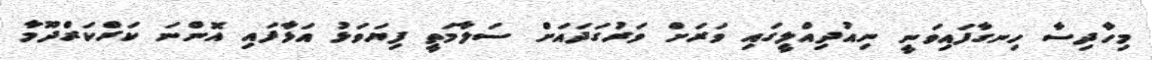
މިހާދިސާ ހިނގާފައިވަނީ ނިއުދިއްލީގައި ވަރަށް ވަރުގަދައަށް ސަލާމަތީ ފިޔަވަޅު އަޅާފައި އޮންނަ ކަރްކަރްދޫމާ